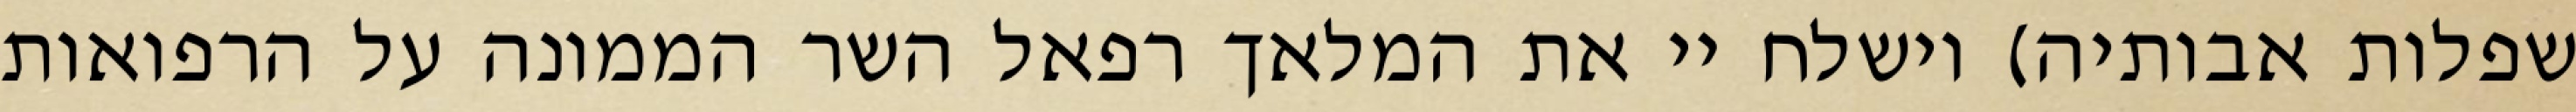
שפלות אבותיה) וישלח יי את המלאך רפאל השר הממונה על הרפואות